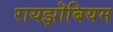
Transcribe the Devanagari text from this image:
रायझॊबियम